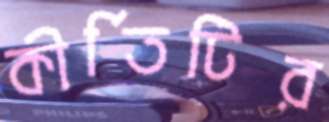
কীর্তিটির